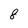
Character: 8